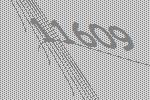
11609